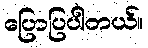
ပြောပြပါတယ်။